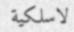
لاسلكية